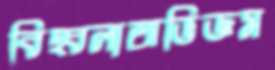
বিহ্বলাঅভিজ্ঞম